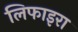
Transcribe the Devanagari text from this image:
लिफाइरा